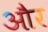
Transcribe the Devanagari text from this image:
और